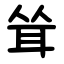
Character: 耸